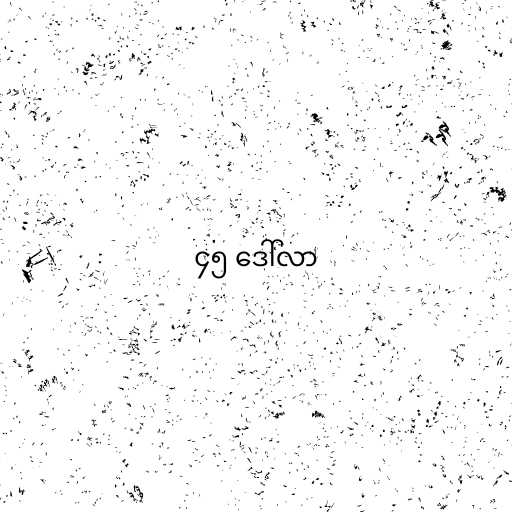
၄၅ ဒေါ်လာ